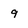
Character: 9